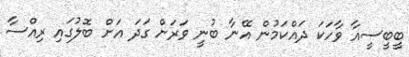
ބީބީސީއާ ވާހަކަ ދައްކަމުން އޭނާ ބުނީ ވަރަށް ގަދަ އަށް ބޮލުގައި ރިއްސާ